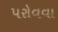
પરોવવા